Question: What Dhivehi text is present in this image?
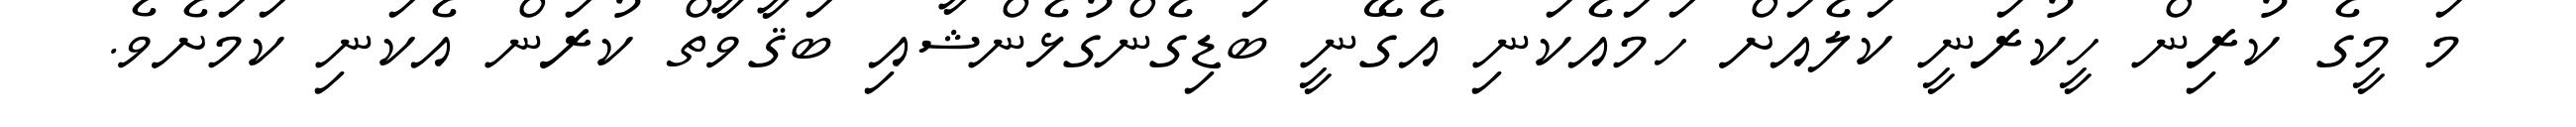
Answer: މަ މީގެ ކުރިން ހީކުރަނީ ކަލެއަށް ހަމައެކަނި އެގޭނީ ބަޑިގެންގުޅެންޝާއި ބަޤާވާތް ކުރަން އެކަނި ކަމަށެވެ.